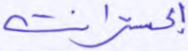
إكسترانت